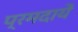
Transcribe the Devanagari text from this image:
प्रमदायें